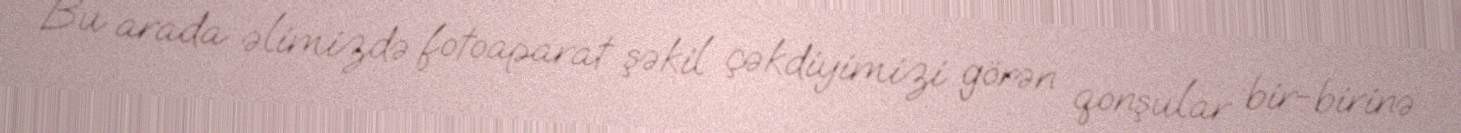
Bu arada əlimizdə fotoaparat şəkil çəkdiyimizi görən qonşular bir-birinə